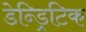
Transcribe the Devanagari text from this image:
डेन्ड्रिटिक